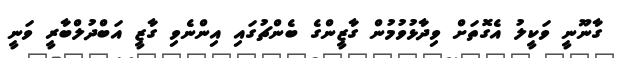
ގާނޫނީ ވަކީލު އެގޮތަށް ވިދާޅުވުމުން ގާޒީންގެ ބެންޗުގައި އިންނެވި ގާޒީ އަބްދުލްބާރީ ވަނީ